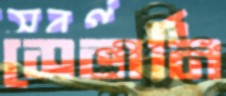
সেভার্নি